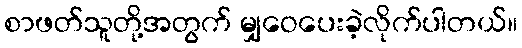
စာဖတ်သူတို့အတွက် မျှဝေပေးခဲ့လိုက်ပါတယ်။